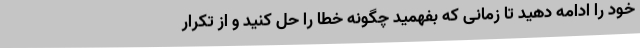
خود را ادامه دهید تا زمانی که بفهمید چگونه خطا را حل کنید و از تکرار